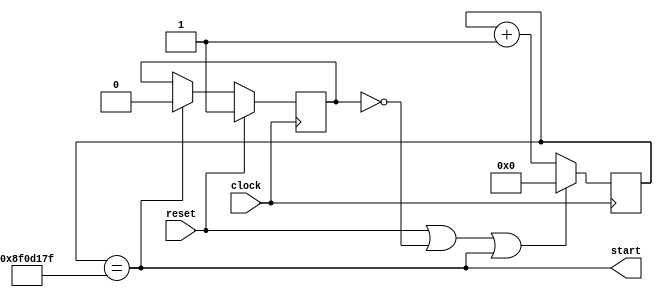
`default_nettype none

module spi_start_timer(
	clock,
	reset,
	start
);

	input wire clock;
	input wire reset;
	output reg start;

	reg counting = 1'b1;
	parameter COUNT = 28'd150000000; // 0.75s
	//parameter COUNT = 28'd100;
	parameter ZERO = 28'd0;
	parameter ONE = 28'd1;
	reg [27:0] count = 28'd0;

	always @(posedge clock) begin
		if(reset || !counting || start) begin
			count <= ZERO;
		end
		else begin
			count <= count + ONE;
		end

		if(reset) begin
			counting <= 1'b1;
		end
		else if(start) begin
			counting <= 1'b0;
		end
		else begin
			counting <= counting;
		end
	end

	always @(*) begin
		start = (count == COUNT-ONE);
	end
endmodule